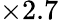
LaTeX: \times 2.7